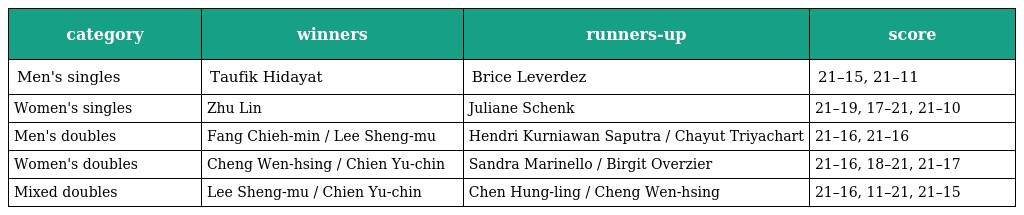
| category | winners | runners-up | score |
 | --- | --- | --- | --- |
 | Men's singles | Taufik Hidayat | Brice Leverdez | 21–15, 21–11 |
 | Women's singles | Zhu Lin | Juliane Schenk | 21–19, 17–21, 21–10 |
 | Men's doubles | Fang Chieh-min / Lee Sheng-mu | Hendri Kurniawan Saputra / Chayut Triyachart | 21–16, 21–16 |
 | Women's doubles | Cheng Wen-hsing / Chien Yu-chin | Sandra Marinello / Birgit Overzier | 21–16, 18–21, 21–17 |
 | Mixed doubles | Lee Sheng-mu / Chien Yu-chin | Chen Hung-ling / Cheng Wen-hsing | 21–16, 11–21, 21–15 |